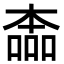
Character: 㮺